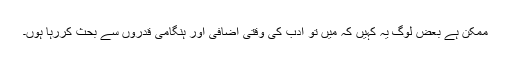
ممکن ہے بعض لوگ یہ کہیں کہ میں تو ادب کی وقتی اضافی اور ہنگامی قدروں سے بحث کررہا ہوں۔